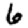
Digit: 6